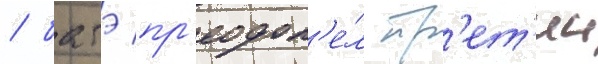
/ батэ пр'еодол'е́л тр'ет'ии